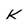
Character: K